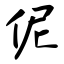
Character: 伲